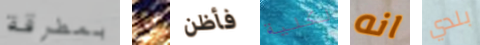
بمطرقة لن فأظن لكلية انه بلدي